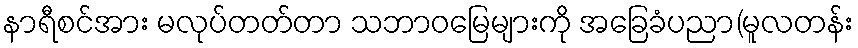
နာရီစင်အား မလုပ်တတ်တာ သဘာဝမြေများကို အခြေခံပညာ(မူလတန်း